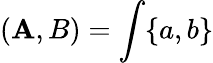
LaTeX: (\mathbf{A},B)=\int\{ a,b\}